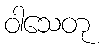
ဝါသေတု